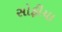
સોફીયા